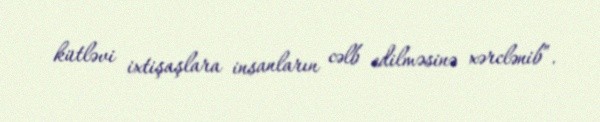
kütləvi ixtişaşlara insanların cəlb edilməsinə xərclənib”.